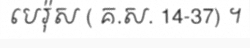
បេរ៉ុស ( គ.ស. 14-37) ។